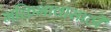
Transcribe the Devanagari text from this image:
भक्तिभावासाठी